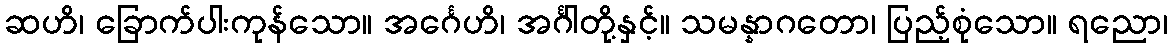
ဆဟိ၊ ခြောက်ပါးကုန်သော။ အင်္ဂေဟိ၊ အင်္ဂါတို့နှင့်။ သမန္နာဂတော၊ ပြည့်စုံသော။ ရညော၊